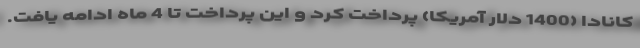
کانادا (1400 دلار آمریکا) پرداخت کرد و این پرداخت تا 4 ماه ادامه یافت.